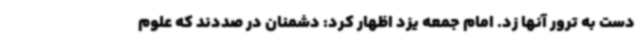
دست به ترور آنها زد. امام جمعه یزد اظهار کرد: دشمنان در صددند که علوم